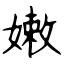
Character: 嫩